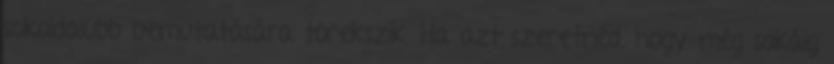
sokoldalúbb bemutatására törekszik. Ha azt szeretnéd, hogy még sokáig